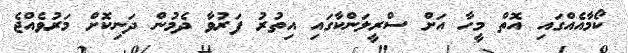
ކޯމާއެއްގައި އޮތް މީހާ އަށް ސްރީލަންކާގައި އިތުރު ފަރުވާ ދެމުން ދަނިކޮށް މަރުވެއްޖެ